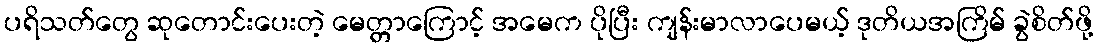
ပရိသတ်တွေ ဆုတောင်းပေးတဲ့ မေတ္တာကြောင့် အမေက ပိုပြီး ကျန်းမာလာပေမယ့် ဒုတိယအကြိမ် ခွဲစိတ်ဖို့